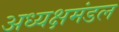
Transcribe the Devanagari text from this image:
अध्यक्षमंडल